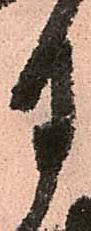
月